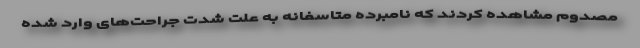
مصدوم مشاهده کردند که نامبرده متاسفانه به علت شدت جراحت‌های وارد شده